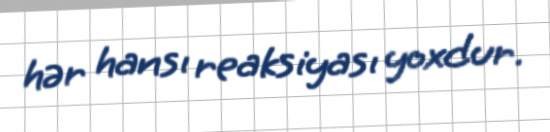
hər hansı reaksiyası yoxdur.